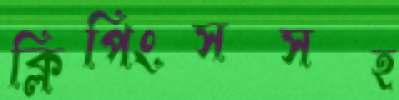
ক্লিপিংসসহ